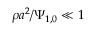
\rho { a } ^ { 2 } / \Psi _ { 1 , 0 } \ll 1